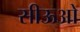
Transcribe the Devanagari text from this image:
सीऊओ